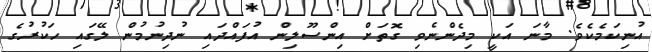
އުނިކަމެކެވެ. މާނަ އަކީ މިދެންނެވި ގޮތަށް އިންސޫލިން އުފައްދައި ނުދިނުމުން ލޭގައި ހަކުރުގެ